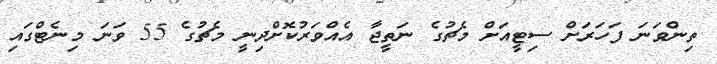
ތިންވަނަ ފަހަރަށް ސިޓީއަށް މެޗުގެ ނަތީޖާ އެއްވަރުކޮށްދިނީ މެޗުގެ 55 ވަނަ މިނެޓްގައި